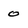
Character: 0